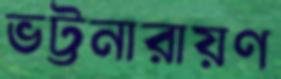
ভট্টনারায়ণ